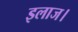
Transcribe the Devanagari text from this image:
इलाज।